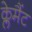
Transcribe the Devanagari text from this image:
क्लेमैंट